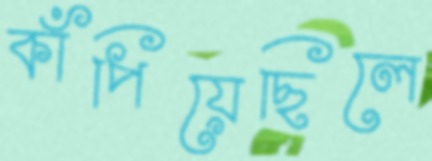
কাঁপিয়েছিলে